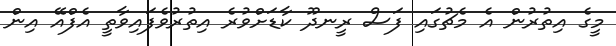
މީގެ އިތުރުން އެ މެޗުގައި ފަސް ރީނދޫ ކާޑަށްވުރެ އިތުރުވެފައިވާތީ އެފްއޭ އިން